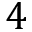
4